Vaccination in Burma 1920-1933 - 1920-1933
Year: 1920
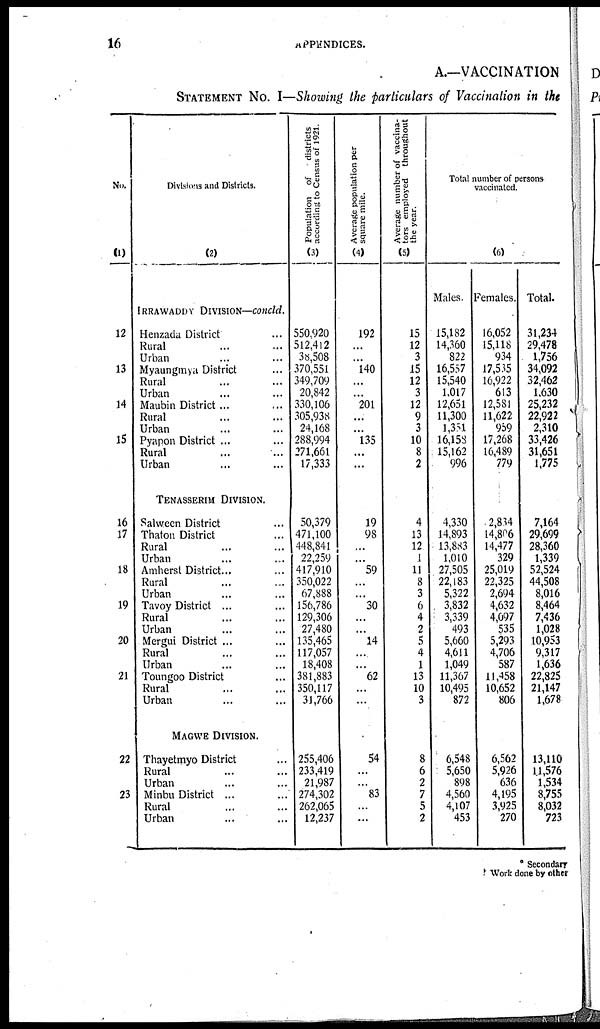
16
APPENDICES.
A.—VACCINATION
STATEMENT NO. I—Showing the particulars of Vaccination in the
No.
(1)
12
13
14
15
16
17
18
19
20
21
22
23
Divisions and Districts.
(2)
IRRAWADDY DIVISION—concld.
Henzada District ...
Rural ... ...
Urban ... ...
Myaungmya District ...
Rural ... ...
Urban ... ...
Maubin District ... ...
Rural ... ...
Urban ... ...
Pyapon District ... ...
Rural ... ...
Urban ... ...
TENASSERIM DIVISION.
Salween District ...
Thaton District ... ...
Rural ... ...
Urban ... ...
Amherst District ... ...
Rural ... ...
Urban ... ...
Tavoy District ... ...
Rural ... ...
Urban ... ...
Mergui District ... ...
Rural ... ...
Urban ... ...
Toungoo District ...
Rural ... ...
Urban ... ...
MAGWE DIVISION.
Thayetmyo District ...
Rural ... ...
Urban ... ...
Minbu District ... ...
Rural ... ...
Urban ... ...
Population of
districts
according to Census of 1921.
(3)
550,920
512,412
38,508
370,551
349,709
20,842
330,106
305,938
24,168
288,994
271,661
17,333
50,379
471,100
448,841
22,259
417,910
350,022
67,888
156,786
129,306
27,480
135,465
117,057
18,408
381,883
350,117
31,766
255,406
233,419
21,987
274,302
262,065
12,237
Average population per
square mile.
(4)
192
...
...
140
...
...
201
...
...
135
...
...
19
98
...
...
59
...
...
30
...
...
14
...
...
62
...
...
54
...
...
83
...
...
Average number of vaccina-
tors employed throughout
the year.
(5)
15
12
3
15
12
3
12
9
3
10
8
2
4
13
12
1
11
8
3
6
4
2
5
4
1
13
10
3
8
6
2
7
5
2
Total number of persons
vaccinated.
(6)
Males.
15,182
14,360
822
16,557
15,540
1,017
12,651
11,300
1,351
16,158
15,162
996
4,330
14,893
13,883
1,010
27,505
22,183
5,322
3,832
3,339
493
5,660
4,611
1,049
11,367
10,495
872
6,548
5,650
898
4,560
4,107
453
Females.
16,052
15,118
934
17,535
16,922
613
12,581
11,622
959
17,268
16,489
779
2,834
14,806
14,477
329
25,019
22,325
2,694
4,632
4,097
535
5,293
4,706
587
11,458
10,652
806
6,562
5,926
636
4,195
3,925
270
Total.
31,234
29,478
1,756
34,092
32,462
1,630
25,232
22,922
2,310
33,426
31,651
1,775
7,164
29,699
28,360
1,339
52,524
44,508
8,016
8,464
7,436
1,028
10,953
9,317
1,636
22,825
21,147
1,678
13,110
11,576
1,534
8,755
8,032
723
* Secondary
† Work done by other